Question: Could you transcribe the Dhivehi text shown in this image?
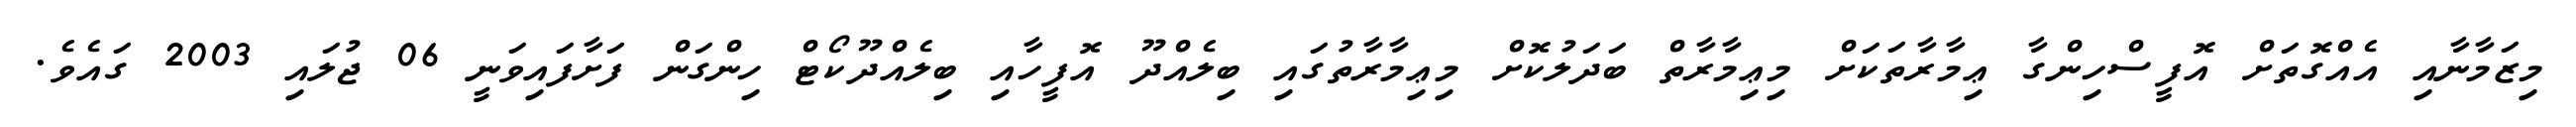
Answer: މިޒަމާނާއި އެއްގޮތަށް އޮފީސްހިންގާ ޢިމާރާތަކަށް މިޢިމާރާތް ބަދަލުކޮށް މިޢިމާރާތުގައި ބިލެއްދޫ އޮފީހާއި ބިލެއްދޫކޯޓް ހިންގަން ފަށާފައިވަނީ 06 ޖުލައި 2003 ގައެވެ.